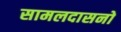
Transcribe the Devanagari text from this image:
सामलदासनो